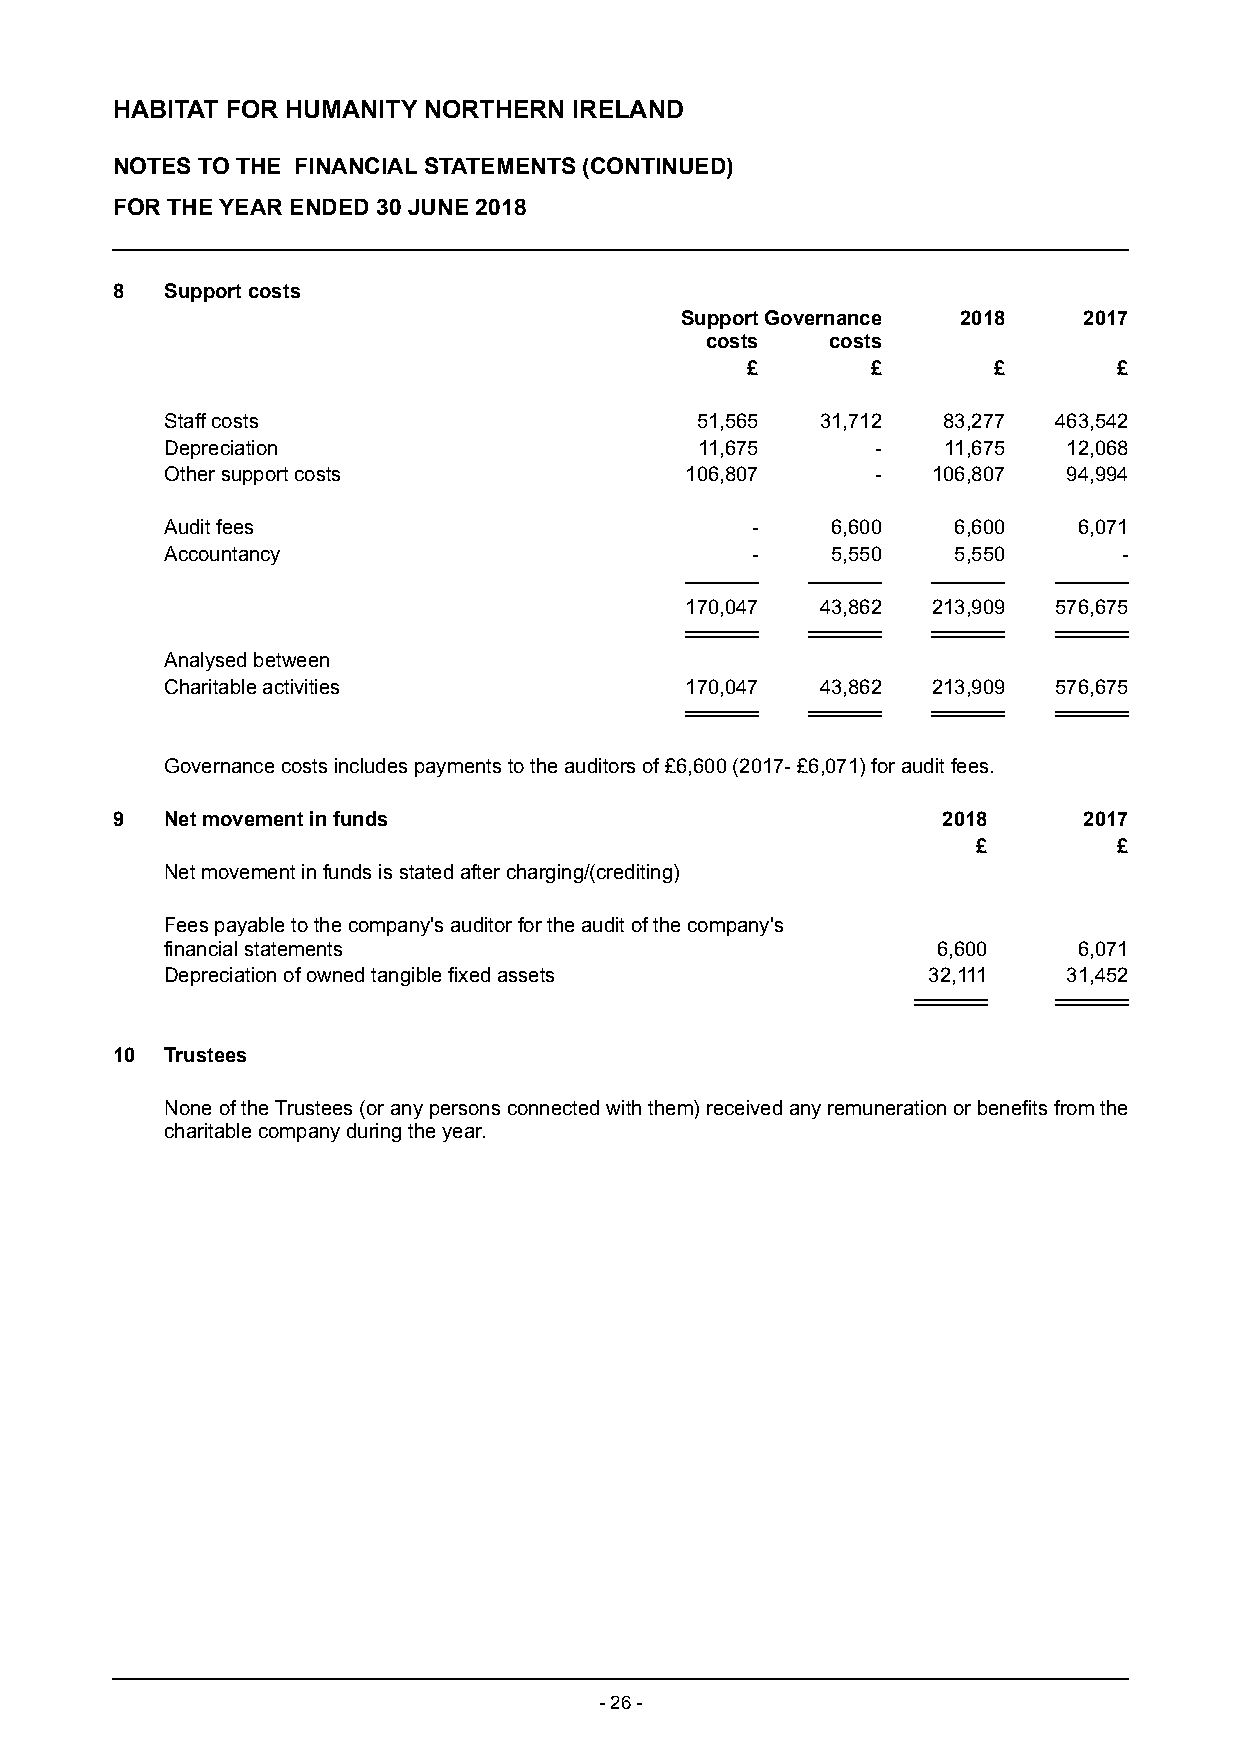
HABITAT FOR HUMANITY NORTHERN  IRELAND
 NOTES TO THE FINANCIAL STATEMENTS (CONTINUED)
 FOR THE YEAR ENDED 30 JUNE 2018
 8   Support costs
 Support Governance 2018    2017
 costs   costs
 £        £       £       £
 Staff costs                        51,565  31,712  83,277  463,542
 Depreciation                       11,675      -   11,675   12,068
 Other support costs               106,807      -   106,807  94,994
 Audit fees                             -    6,600   6,600   6,071
 Accountancy                            -    5,550   5,550      -
 170,047  43,862  213,909 576,675
 Analysed between
 Charitable activities             170,047  43,862  213,909 576,675
 Governance costs includes payments to the auditors of £ 6,600 (2017- £6 ,071) for audit fees.
 9   Net movement in funds                              2018      2017
 £        £
 Net movement in funds is stated after charging/(crediting)
 Fees payable to the company's auditor for the audit of the company's
 financial statements                               6,600    6,071
 Depreciation of owned tangible fixed assets       32,111    31,452
 10  Trustees
 None of the Trustees (or any persons connected with them) received any remuneration or benefits from the
 charitable company during the year.
 - 26 -